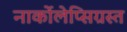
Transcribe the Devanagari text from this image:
नार्कोलेप्सिग्रस्त